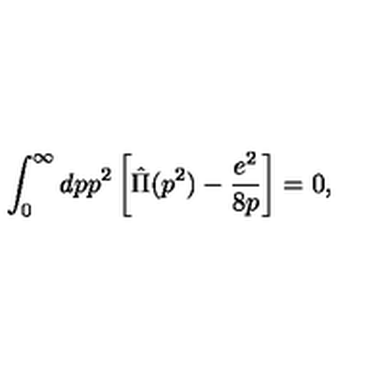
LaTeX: \int _ { 0 } ^ { \infty } d p p ^ { 2 } \left[ \hat { \Pi } ( p ^ { 2 } ) - \frac { e ^ { 2 } } { 8 p } \right] = 0 ,